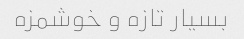
بسیار تازه و خوشمزه